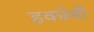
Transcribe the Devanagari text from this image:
हकोमी